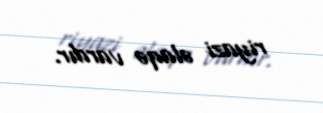
riyazi əlaqə vardır.